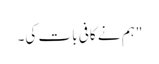
"ہم نے کافی بات کی۔